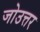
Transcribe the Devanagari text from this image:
जोउत्तर